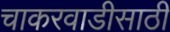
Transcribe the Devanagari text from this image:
चाकरवाडीसाठी